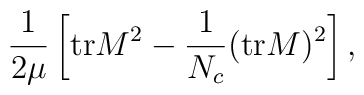
\frac{1}{2\mu} \left[ {\rm tr} M^2 - \frac{1}{N_c} ({\rm tr}M)^2 \right],